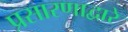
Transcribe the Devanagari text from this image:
प्रसारणाद्वारे